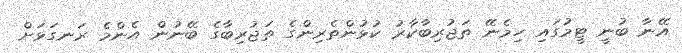
އޭނާ ބުނީ ޓީމުގައި ހިމެނޭ ތަޖުރިބާކާރު ކުޅުންތެރިންގެ ތަޖުރިބާގެ ބޭނުން އެންމެ ރަނގަޅަށް